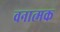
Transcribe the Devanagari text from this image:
वनात्मक